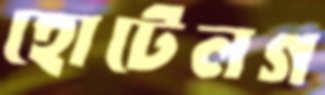
হোটেলগ